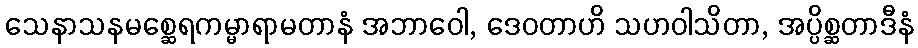
သေနာသနမစ္ဆေရကမ္မာရာမတာနံ အဘာဝေါ, ဒေဝတာဟိ သဟဝါသိတာ, အပ္ပိစ္ဆတာဒီနံ